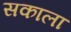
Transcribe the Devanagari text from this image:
सकाला